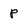
Character: p